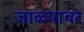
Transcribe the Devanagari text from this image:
जाळ्यावर